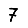
Digit: 7